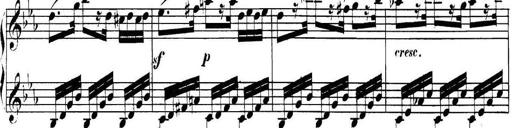
Title: Collected Piano Sonatas
Composer: Muzio Clementi